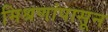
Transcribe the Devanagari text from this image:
मिश्रणांपासून